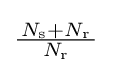
{\tfrac {\,N_{\text{s}}+N_{\text{r}}\,}{N_{\text{r}}}}~